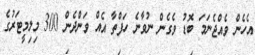
އެހެން ވެއްޖެނަމަ ބޮޑު ވެގެން ނުވާނެ ހަފްތާ އެއް ވަންދެން 300 މިލިމީޓަރުގެ